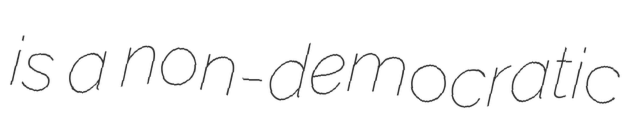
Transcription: is a non-democratic